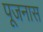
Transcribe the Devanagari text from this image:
पूजनास